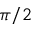
\pi / 2